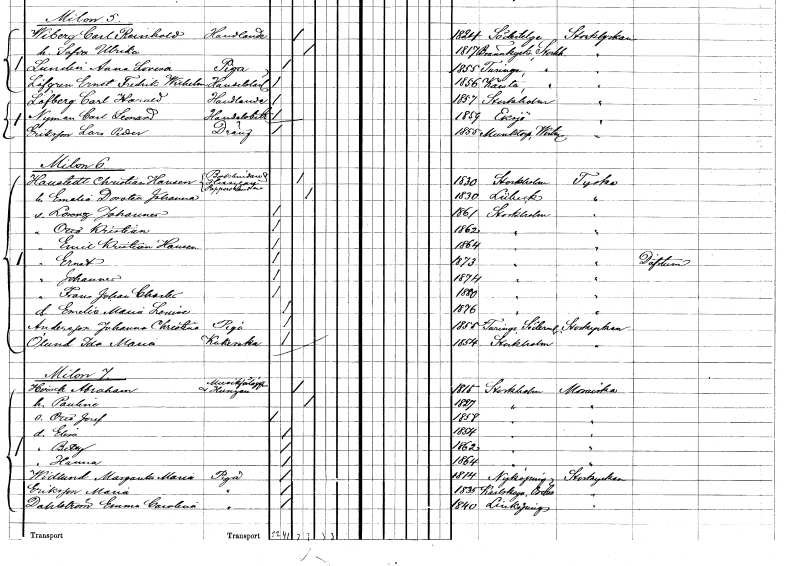
gt_parse: households: individuals: FN: Christian Hansen
EN: Haustedt
YRKE: Bokbindare Husägare Pappershandlare
KON: M
CIV: G
FODAR: 1830
FODFORS: Stockholm
FN: Emelia Dorotea Johanna
KON: K
CIV: G
FODAR: 1830
FN: Lorentz Johannes
KON: M
CIV: O
FODAR: 1861
FODFORS: Stockholm
FN: Otto Kristian
KON: M
CIV: O
FODAR: 1862
FODFORS: Stockholm
FN: Emil Kristian Hansen
KON: M
CIV: O
FODAR: 1864
FODFORS: Stockholm
FN: Ernst
KON: M
CIV: O
FODAR: 1873
FODFORS: Stockholm
FN: Johannes
KON: M
CIV: O
FODAR: 1874
FODFORS: Stockholm
FN: Frans Johan Charles
KON: M
CIV: O
FODAR: 1880
FODFORS: Stockholm
FN: Emelie Maria Louise
KON: K
CIV: O
FODAR: 1876
FODFORS: Stockholm
FN: Johanna Christina
EN: Andersson
YRKE: Piga
KON: K
CIV: O
FODAR: 1855
FODFORS: Turinge Stockholms län
FN: Ida Maria
EN: Ölund
YRKE: Kokerska
KON: K
CIV: O
FODAR: 1854
FODFORS: Stockholm
FN: Abraham
EN: Hirsch
YRKE: Musikförläggare Husägare
KON: M
CIV: G
FODAR: 1815
FODFORS: Stockholm
FN: Paulina
KON: K
CIV: G
FODAR: 1827
FODFORS: Stockholm
FN: Otto Josef
KON: M
CIV: O
FODAR: 1858
FODFORS: Stockholm
FN: Elin
KON: K
CIV: O
FODAR: 1854
FODFORS: Stockholm
FN: Betty
KON: K
CIV: O
FODAR: 1862
FODFORS: Stockholm
FN: Hanna
KON: K
CIV: O
FODAR: 1864
FODFORS: Stockholm
FN: Margareta Maria
EN: Widlund
YRKE: Piga
KON: K
CIV: O
FODAR: 1814
FODFORS: Nyköping Södermanlands län
FN: Maria
EN: Eriksson
YRKE: Piga
KON: K
CIV: O
FODAR: 1835
FODFORS: Karlskoga Örebro län
FN: Emma Carolina
EN: Dahlström
YRKE: Piga
KON: K
CIV: O
FODAR: 1840
FODFORS: Linköping Östergötlands län